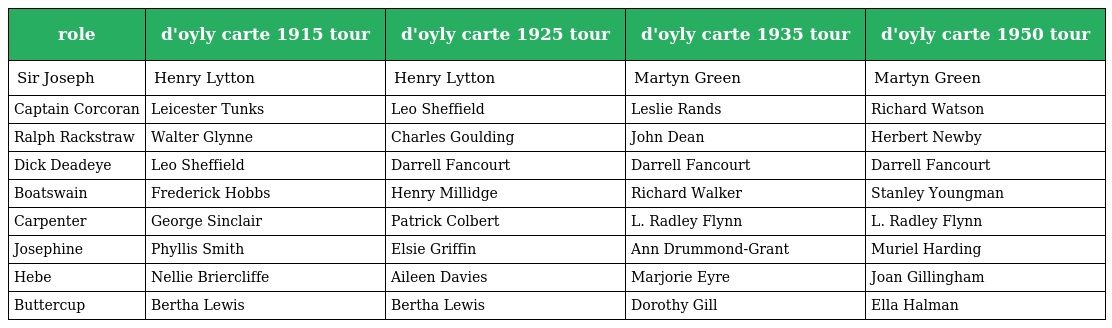
| role | d'oyly carte 1915 tour | d'oyly carte 1925 tour | d'oyly carte 1935 tour | d'oyly carte 1950 tour |
 | --- | --- | --- | --- | --- |
 | Sir Joseph | Henry Lytton | Henry Lytton | Martyn Green | Martyn Green |
 | Captain Corcoran | Leicester Tunks | Leo Sheffield | Leslie Rands | Richard Watson |
 | Ralph Rackstraw | Walter Glynne | Charles Goulding | John Dean | Herbert Newby |
 | Dick Deadeye | Leo Sheffield | Darrell Fancourt | Darrell Fancourt | Darrell Fancourt |
 | Boatswain | Frederick Hobbs | Henry Millidge | Richard Walker | Stanley Youngman |
 | Carpenter | George Sinclair | Patrick Colbert | L. Radley Flynn | L. Radley Flynn |
 | Josephine | Phyllis Smith | Elsie Griffin | Ann Drummond-Grant | Muriel Harding |
 | Hebe | Nellie Briercliffe | Aileen Davies | Marjorie Eyre | Joan Gillingham |
 | Buttercup | Bertha Lewis | Bertha Lewis | Dorothy Gill | Ella Halman |